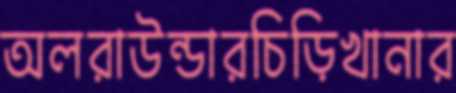
অলরাউন্ডারচিড়িখানার